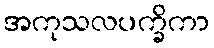
အကုသလပက္ခိကာ